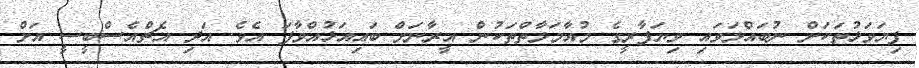
ފިޔަވަޅުތަކަށް ނުބައްލަވައި ވިޔަފާރީގެ މުއާމަލާތްތަކުން އީރާނަށް ބައިއަޅުއްވާފަ އެވެ. އަދި އެޗްއެސްބީސީ އަށް